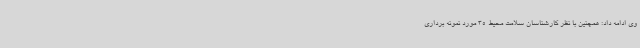
وی ادامه داد: همچنین با نظر کارشناسان سلامت محیط 35 مورد نمونه برداری